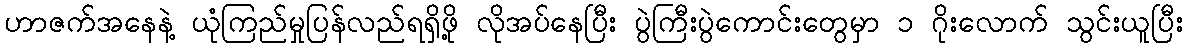
ဟာဇက်အနေနဲ့ ယုံကြည်မှုပြန်လည်ရရှိဖို့ လိုအပ်နေပြီး ပွဲကြီးပွဲကောင်းတွေမှာ ၁ ဂိုးလောက် သွင်းယူပြီး